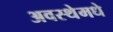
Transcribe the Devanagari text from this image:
अवस्थेमधे